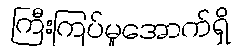
ကြီးကြပ်မှုအောက်ရှိ